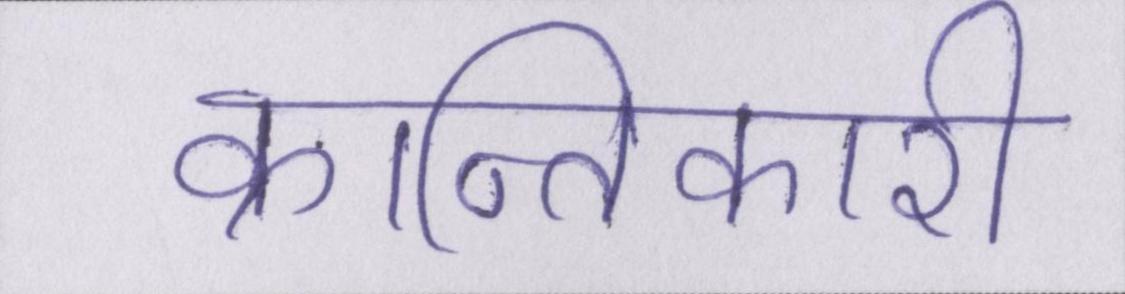
क्रान्तिकारी